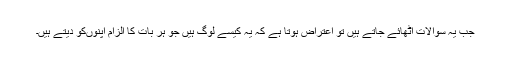
جب یہ سوالات اٹھائے جاتے ہیں تو اعتراض ہوتا ہے کہ یہ کیسے لوگ ہیں جو ہر بات کا الزام اپنوںکو دیتے ہیں۔